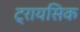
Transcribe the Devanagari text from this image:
ट्रायसिक